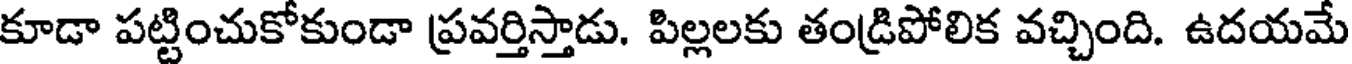
కూడా పట్టించుకోకుండా ప్రవర్తిస్తాడు. పిల్లలకు తండ్రిపోలిక వచ్చింది. ఉదయమే